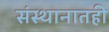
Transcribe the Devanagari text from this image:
संस्थानातही